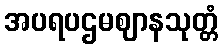
အပရပဌမဈာနသုတ္တံ